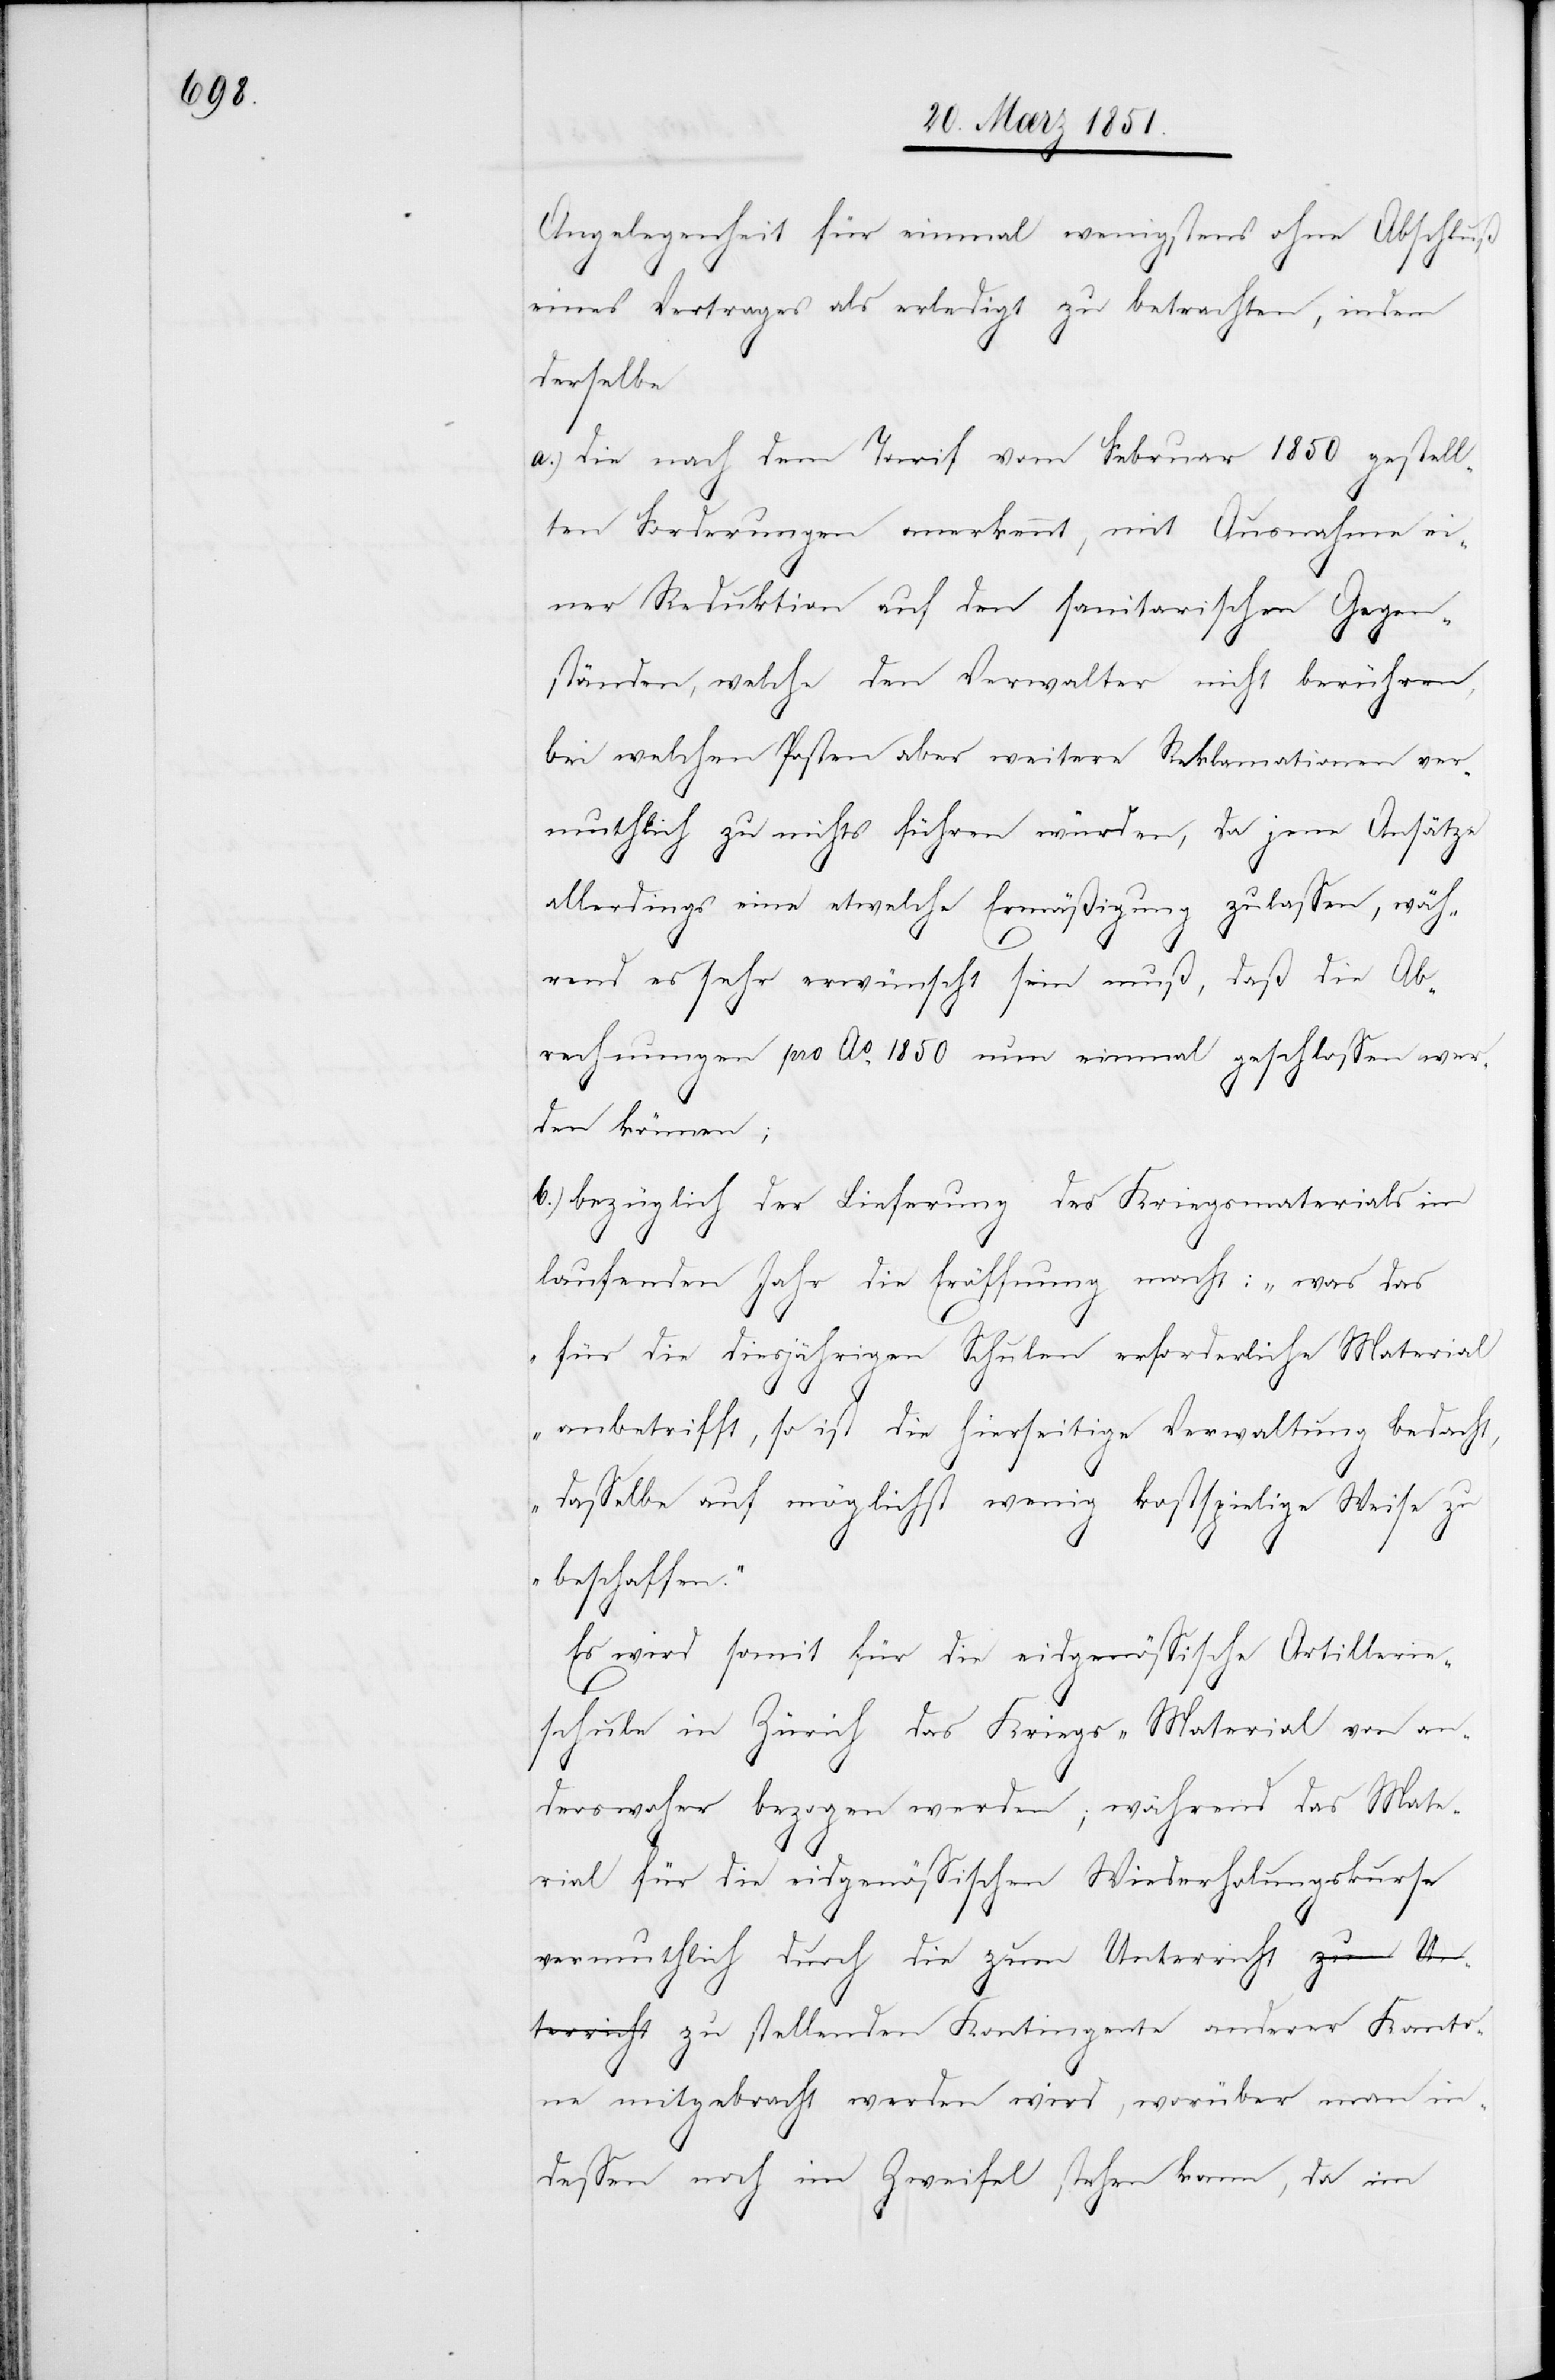
Angelegenheit für einmal wenigstens ohne Abschluß
eines Vertrages als erledigt zu betrachten, indem
derselbe
die nach dem Tarif vom Februar 1850 gestell¬
ten Forderungen anerkennt, mit Ausnahme ei¬
ner Reduktion auf den sanitarischen Gegen¬
ständen, welche den Verwalter nicht berühren,
bei welchen Posten aber weitere Reklamationen ver¬
muthlich zu nichts führen würden, da jene Ansätze
allerdings eine etwelche Ermäßigung zulassen, wäh¬
rend es sehr erwünscht sein muß, daß die Ab¬
rechnungen pro Ao. 1850 nun einmal geschlossen wer¬
den Kontingente
bezüglich der Lieferung des Kriegsmaterials im
laufenden Jahr die Eröffnung macht: „was das
für die diesjährigen Schulen erforderliche Material
anbetrifft, so ist die hierseitige Verwaltung bedacht,
dasselbe auf möglichst wenig kostspielige Weise zu
anderer Kan¬
to¬
Es wird somit für die eidgenössische Artillerie¬
schule in Zürich das Kriegs-Material von an¬
derswoher bezogen werden; während das Mate¬
rial für die eidgenössischen Wiederholungskurse
vermuthlich durch die zum Unterricht zu stellen¬
ne mitgebracht werden wird, worüber man in¬
dessen noch im Zweifel stehen kann, da im